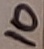
Text: 10